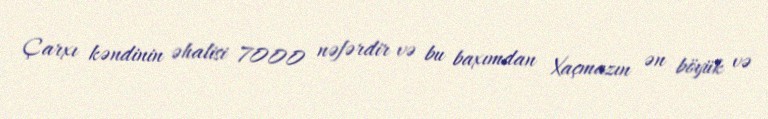
Çarxı kəndinin əhalisi 7000 nəfərdir və bu baxımdan Xaçmazın ən böyük və